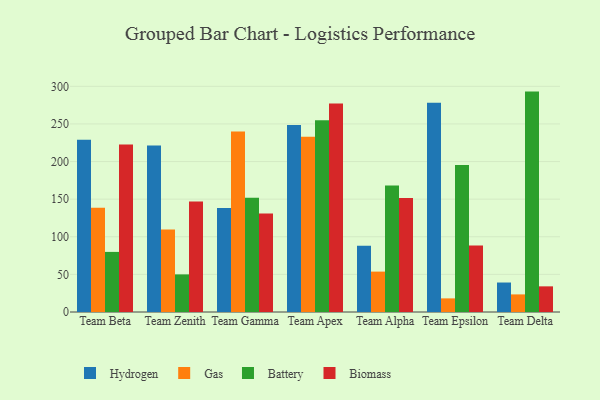
{"axis": {"x": "Team", "y": "Gross Profit (USD K)"}, "legend": ["Battery", "Biomass", "Gas", "Hydrogen"], "data": [{"x": "Team Beta", "y": 228.9, "type": "Hydrogen"}, {"x": "Team Beta", "y": 138.5, "type": "Gas"}, {"x": "Team Beta", "y": 79.9, "type": "Battery"}, {"x": "Team Beta", "y": 222.8, "type": "Biomass"}, {"x": "Team Zenith", "y": 221.5, "type": "Hydrogen"}, {"x": "Team Zenith", "y": 109.6, "type": "Gas"}, {"x": "Team Zenith", "y": 50.0, "type": "Battery"}, {"x": "Team Zenith", "y": 146.9, "type": "Biomass"}, {"x": "Team Gamma", "y": 138.4, "type": "Hydrogen"}, {"x": "Team Gamma", "y": 240.0, "type": "Gas"}, {"x": "Team Gamma", "y": 151.9, "type": "Battery"}, {"x": "Team Gamma", "y": 131.1, "type": "Biomass"}, {"x": "Team Apex", "y": 248.5, "type": "Hydrogen"}, {"x": "Team Apex", "y": 232.9, "type": "Gas"}, {"x": "Team Apex", "y": 254.8, "type": "Battery"}, {"x": "Team Apex", "y": 277.2, "type": "Biomass"}, {"x": "Team Alpha", "y": 88.0, "type": "Hydrogen"}, {"x": "Team Alpha", "y": 53.7, "type": "Gas"}, {"x": "Team Alpha", "y": 168.3, "type": "Battery"}, {"x": "Team Alpha", "y": 151.5, "type": "Biomass"}, {"x": "Team Epsilon", "y": 278.1, "type": "Hydrogen"}, {"x": "Team Epsilon", "y": 18.1, "type": "Gas"}, {"x": "Team Epsilon", "y": 195.3, "type": "Battery"}, {"x": "Team Epsilon", "y": 88.3, "type": "Biomass"}, {"x": "Team Delta", "y": 39.2, "type": "Hydrogen"}, {"x": "Team Delta", "y": 23.4, "type": "Gas"}, {"x": "Team Delta", "y": 293.0, "type": "Battery"}, {"x": "Team Delta", "y": 34.1, "type": "Biomass"}]}